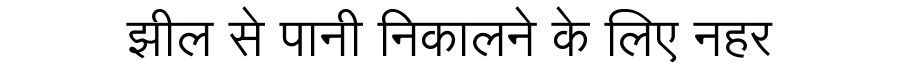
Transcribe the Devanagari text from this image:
झील से पानी निकालने के लिए नहर